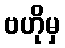
ဗဟိုမှ